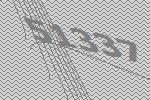
51337